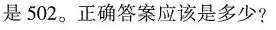
是502。正确答案应该是多少?